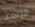
مرشد